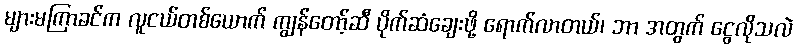
များမကြာခင်က လူငယ်တစ်ယောက် ကျွန်တော့်ဆီ ပိုက်ဆံချေးဖို့ ရောက်လာတယ်၊ ဘာ အတွက် ငွေလိုသလဲ